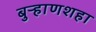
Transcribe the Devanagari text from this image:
बुऱ्हाणशहा